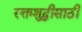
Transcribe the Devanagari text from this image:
रक्तशुद्धीसाठी